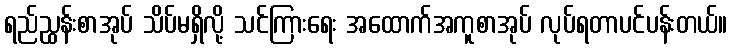
ရည်ညွှန်းစာအုပ် သိပ်မရှိလို့ သင်ကြားရေး အထောက်အကူစာအုပ် လုပ်ရတာပင်ပန်းတယ်။